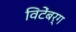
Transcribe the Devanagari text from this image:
विटेंबर्ग